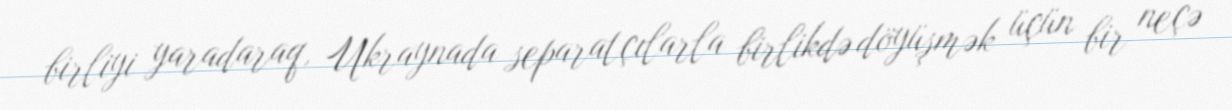
birliyi yaradaraq, Ukraynada separatçılarla birlikdə döyüşmək üçün bir neçə